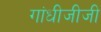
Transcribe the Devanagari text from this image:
गांधीजीजी